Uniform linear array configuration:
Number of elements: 64
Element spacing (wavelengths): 0.25
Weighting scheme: hamming
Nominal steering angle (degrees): -15
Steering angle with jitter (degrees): -14.007
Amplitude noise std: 0.05
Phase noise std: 0.05

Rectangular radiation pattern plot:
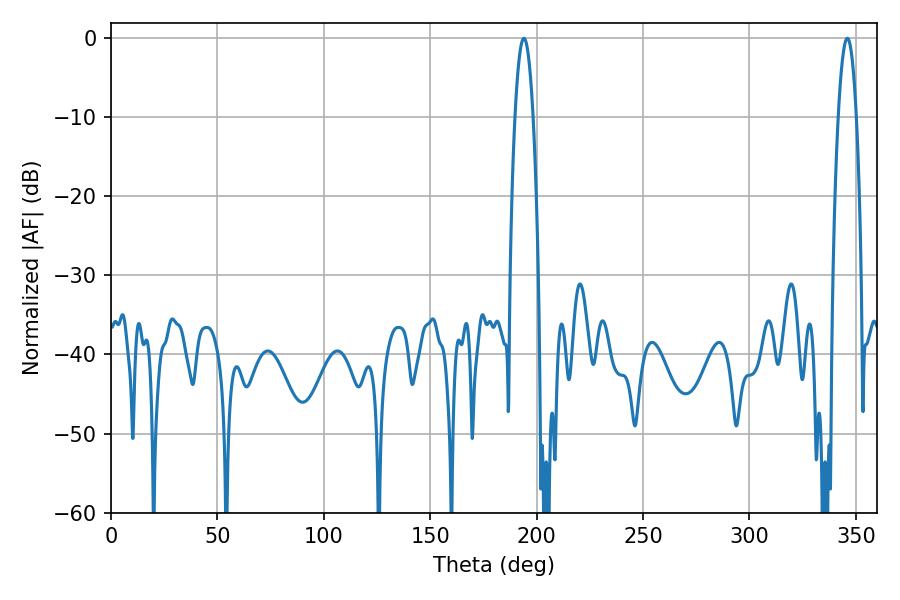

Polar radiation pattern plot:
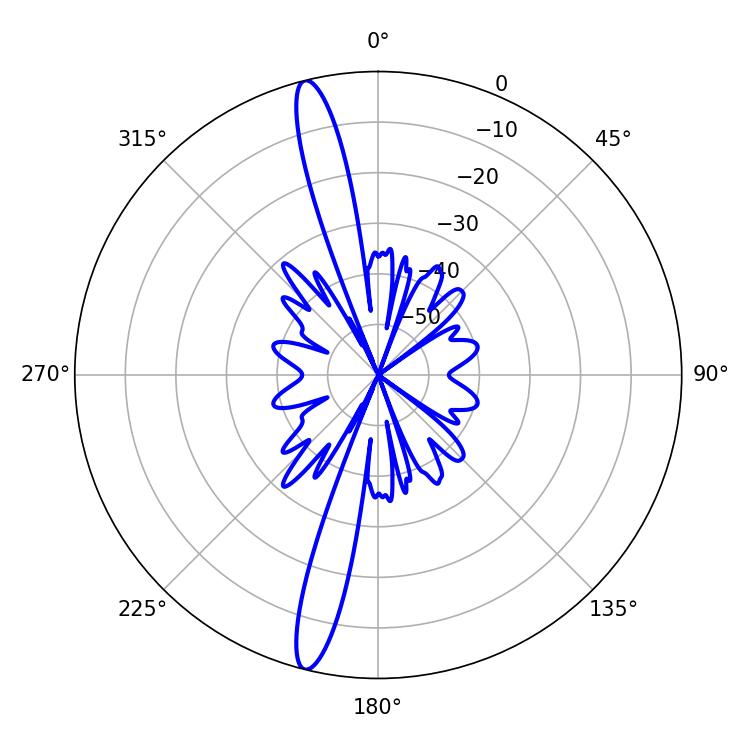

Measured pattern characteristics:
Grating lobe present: FALSE
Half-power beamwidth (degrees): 4.68
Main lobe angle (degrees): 194.04